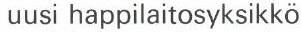
uusi happilaitosyksikkö